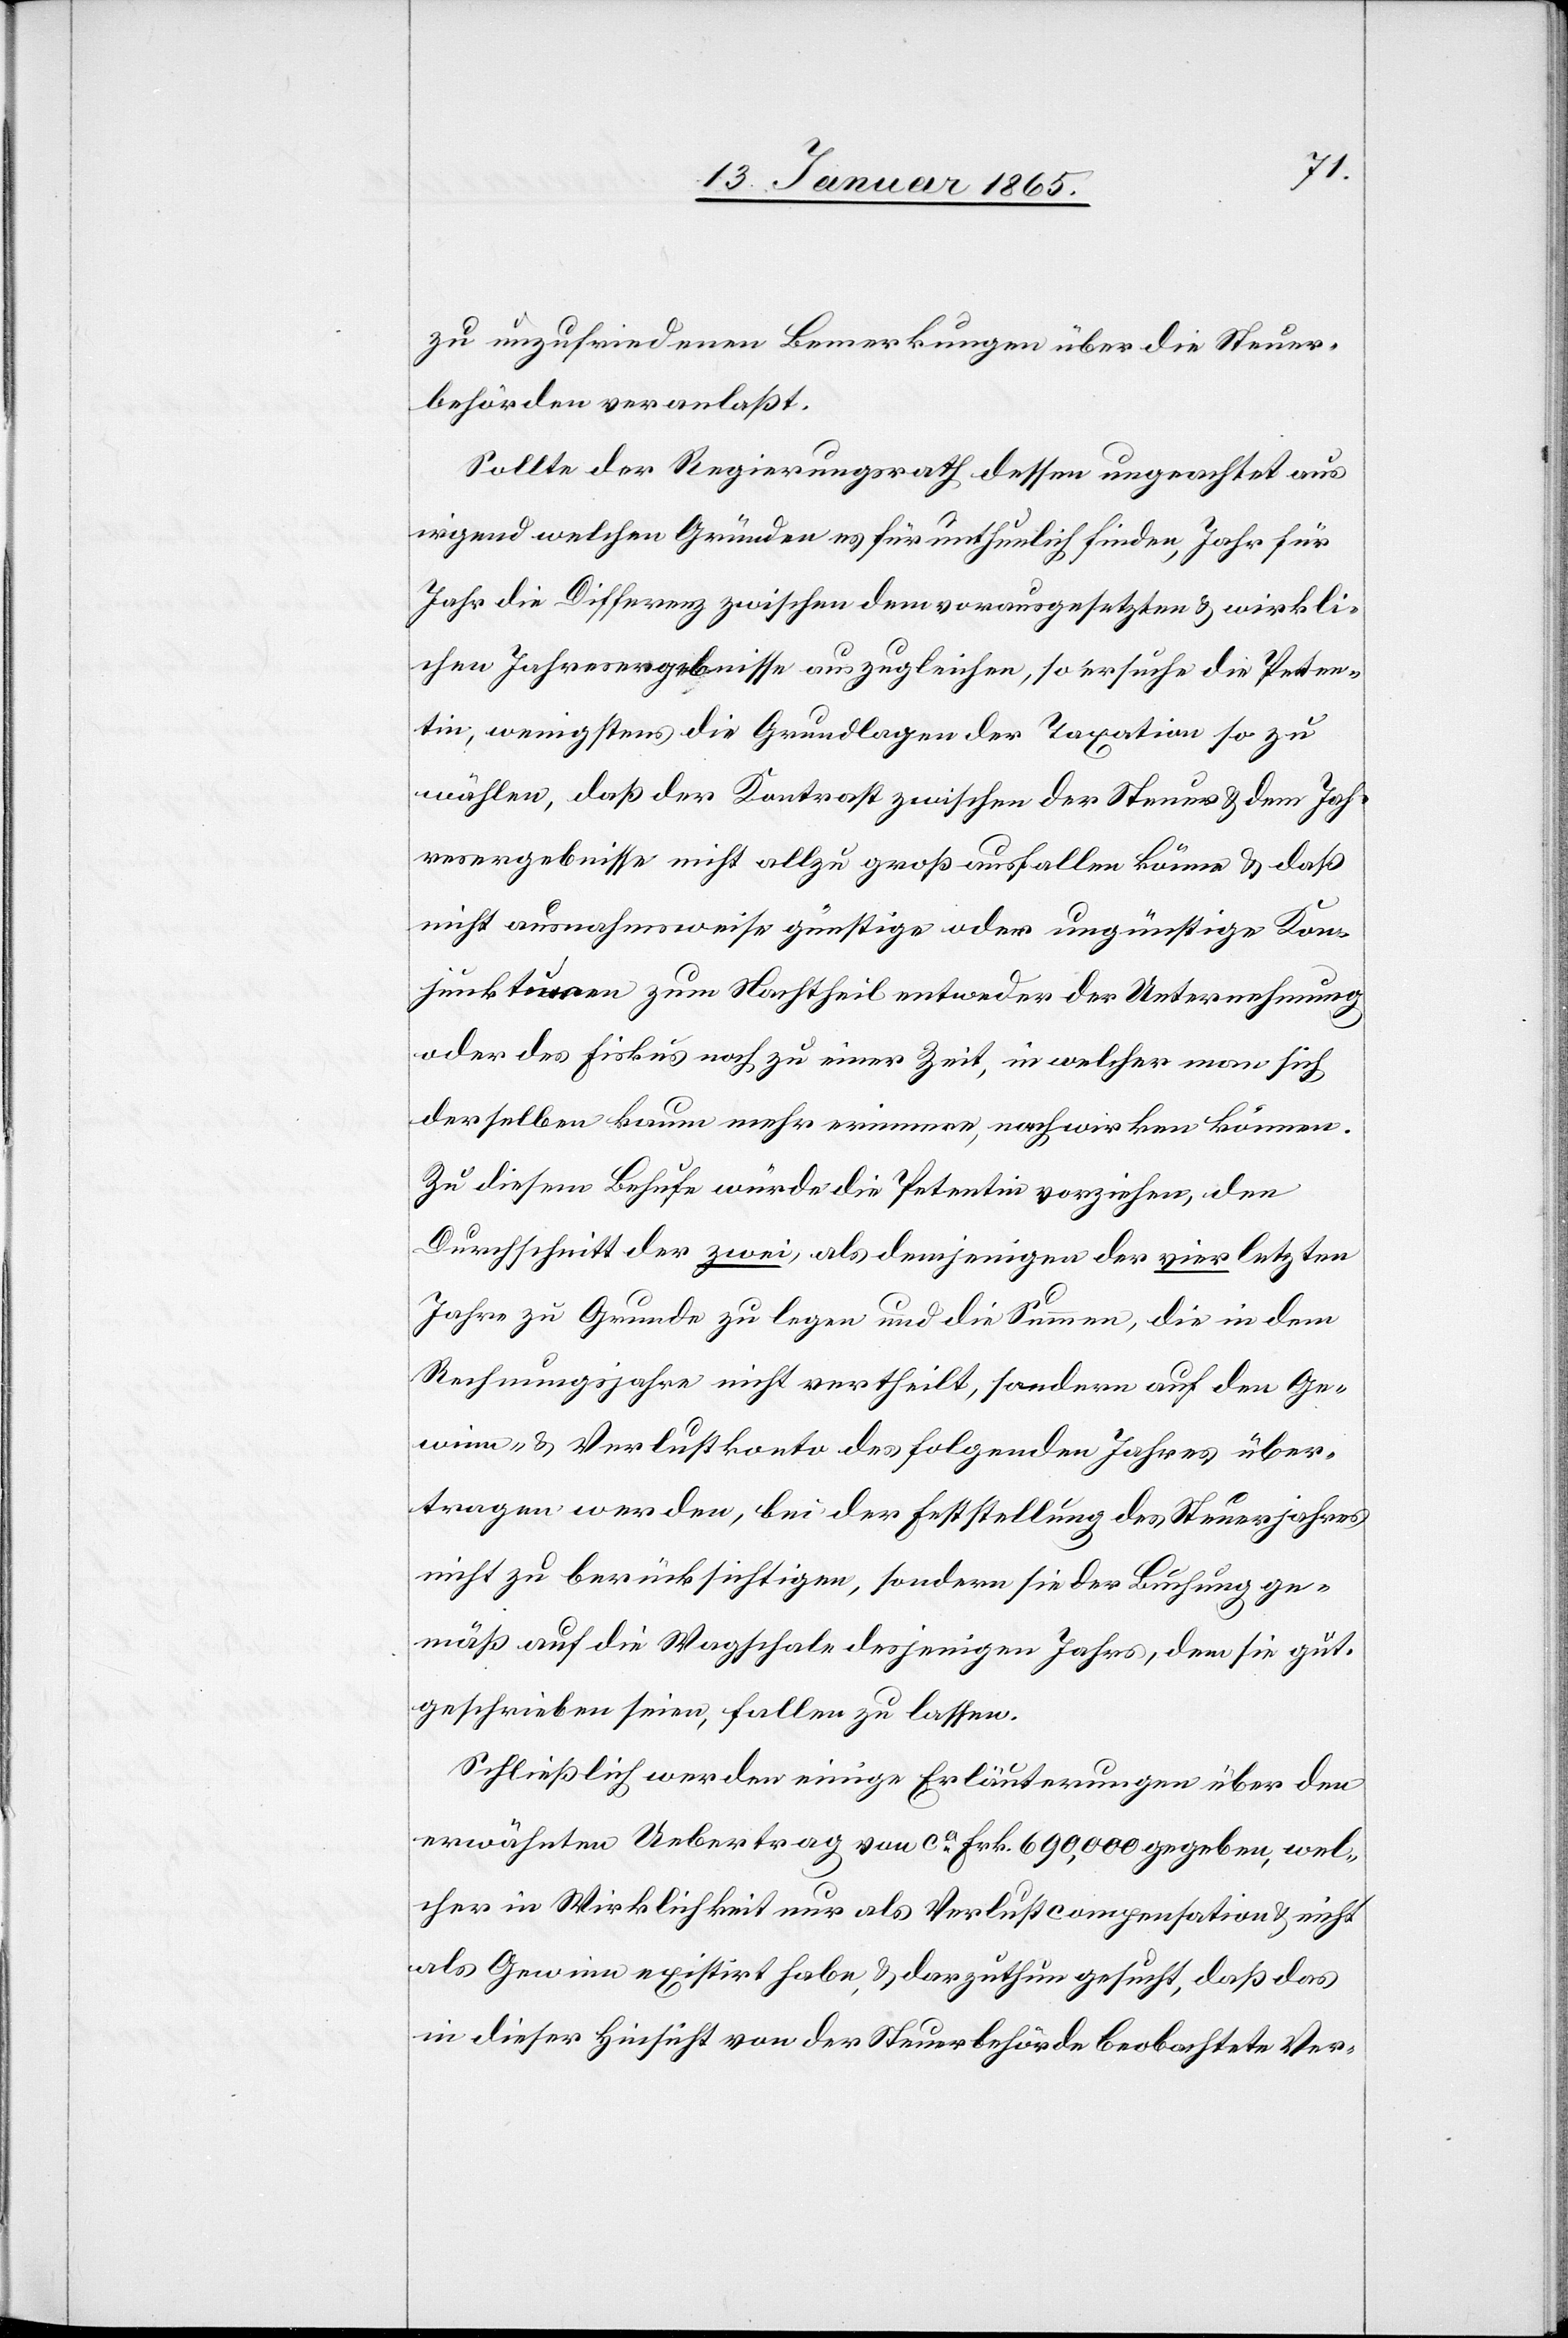
zu unzufriedenen Bemerkungen über die Steuer¬
behörden veranlaßt.
Sollte der Regierungsrath dessen ungeachtet aus
irgend welchen Gründen es für unthunlich finden, Jahr für
Jahr die Differenz zwischen dem vorausgesetzten u. wirkli¬
chen Jahresergebnisse auszugleichen. ersuche die Peten¬
tin, wenigstens die Grundlagen der Taxation so zu
wählen, daß der Kontrast zwischen der Steuer u. dem Jah¬
resergebnisse nicht allzu groß ausfallen könne u. daß
nicht ausnahmsweise günstige oder ungünstige Kon¬
junkturen zum Nachtheil entweder der Unternehmung
oder des Fiskus noch zu einer Zeit, in welcher man sich
derselben kaum mehr erinnere, nachwirken können.
Zu diesem Behufe würde die Petentin vorziehen, den
Durchschnitt der zwei, als demjenigen der vier letzten
Jahre zu Grund zu legen und die Summe, die in dem
Rechnungsjahr nicht vertheilt, sondern auf den Ge¬
winn- u. Verlustkonto des folgenden Jahres über¬
tragen werden, bei der Feststellung des Steuerjahres
nicht zu berücksichtigen, sondern sie der Buchung ge¬
mäß auf die Wagschale desjenigen Jahres, dem sie gut¬
geschrieben seien, fallen zu lassen.
Schließlich werden einige Erläuterungen über den
erwähnten Uebertrag von ca. Frk. 690,000 gegeben, wel¬
cher in Wirklichkeit nur als Verlustcompensation u. nicht
als Gewinn existirt habe, u. darzuthun gesucht, daß das
in dieser Hinsicht von der Steuerbehörde beobachtete Ver-